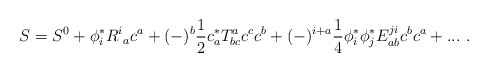
\begin{align*}S=S^0+\phi^*_iR^i{}_ac^a+(-)^b\frac{1}{2}c^*_aT^a_{bc}c^cc^b+(-)^{i+a}\frac{1}{4}\phi^*_i\phi ^*_jE^{ji}_{ab}c^bc^a+...\ .\end{align*}